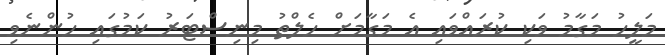
މަލީހު މަގާމު ވަކި ކުރައްވައި އެ މަގާމަށް ހެލްތު މިނިސްޓަރު ކަމުގައި ހުންނެވި